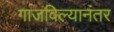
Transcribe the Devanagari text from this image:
गाजविल्यानंतर